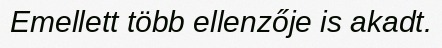
Emellett több ellenzője is akadt.